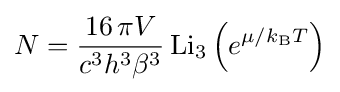
N={\frac {16\,\pi V}{c^{3}h^{3}\beta ^{3}}}\,\mathrm {Li} _{3}\left(e^{\mu /k_{\rm {B}}T}\right)